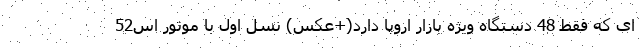
ای که فقط 48 دستگاه ویژه بازار اروپا دارد(+عکس) نسل اول با موتور اس52